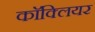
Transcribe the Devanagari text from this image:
काॅक्लियर